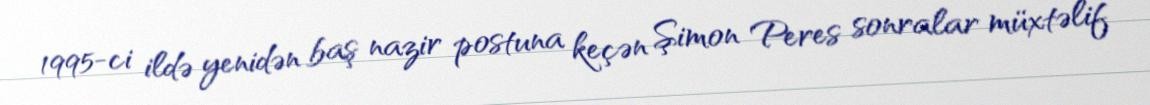
1995-ci ildə yenidən baş nazir postuna keçən Şimon Peres sonralar müxtəlif